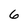
Character: 6